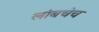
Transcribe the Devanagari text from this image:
लांबचेच